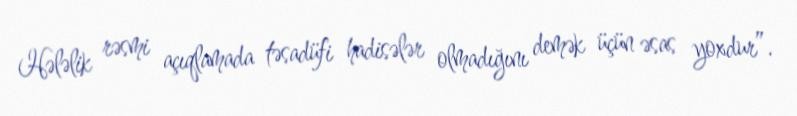
Hələlik rəsmi açıqlamada təsadüfi hadisələr olmadığını demək üçün əsas yoxdur”.